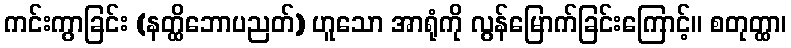
ကင်းကွာခြင်း (နတ္ထိဘောပညတ်) ဟူသော အာရုံကို လွန်မြောက်ခြင်းကြောင့်။ စတုတ္ထာ၊